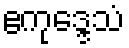
ဧကုဒ္ဒေသံ